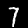
Digit: 7